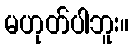
မဟုတ်ပါဘူး။